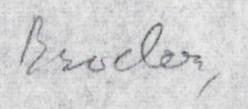
Eino S. Repo